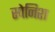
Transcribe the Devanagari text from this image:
स्‍पेनिश्‍ा